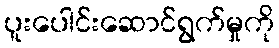
ပူးပေါင်းဆောင်ရွက်မှုကို